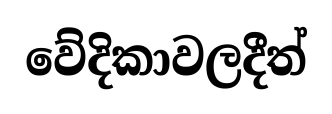
වේදිකාවලදීත්